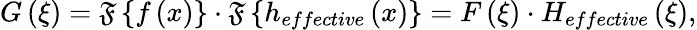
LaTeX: G\left(\xi\right)=\mathfrak{F}\left\{ f\left(x\right)\right\} \cdot\mathfrak{F}\left\{ h_{effective}\left(x\right)\right\} =F\left(\xi\right)\cdot H_{effective}\left(\xi\right),